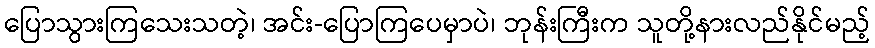
ပြောသွားကြသေးသတဲ့၊ အင်း-ပြောကြပေမှာပဲ၊ ဘုန်းကြီးက သူတို့နားလည်နိုင်မည့်